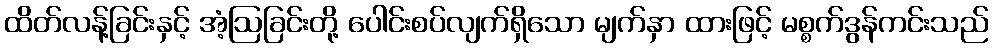
ထိတ်လန့်ခြင်းနှင့် အံ့ဩခြင်းတို့ ပေါင်းစပ်လျက်ရှိသော မျက်နှာ ထားဖြင့် မစ္စက်ဒွန်ကင်းသည်